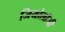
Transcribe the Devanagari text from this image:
जियोलाॅजी